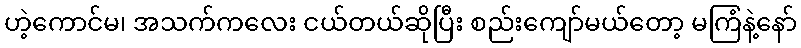
ဟဲ့ကောင်မ၊ အသက်ကလေး ငယ်တယ်ဆိုပြီး စည်းကျော်မယ်တော့ မကြံနဲ့နော်